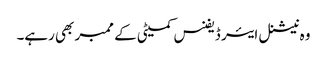
وہ نیشنل ایئر ڈیفنس کمیٹی کے ممبر بھی رہے۔